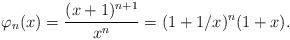
LaTeX: \begin{align*}\varphi_{n}(x)=\frac{(x+1)^{n+1}}{x^{n}}=(1+1/x)^{n}(1+x).\end{align*}